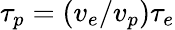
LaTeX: \tau_{p}=(v_{e}/v_{p})\tau_{e}